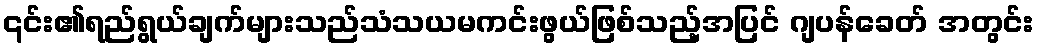
၎င်း၏ရည်ရွယ်ချက်များသည်သံသယမကင်းဖွယ်ဖြစ်သည့်အပြင် ဂျပန်ခေတ် အတွင်း